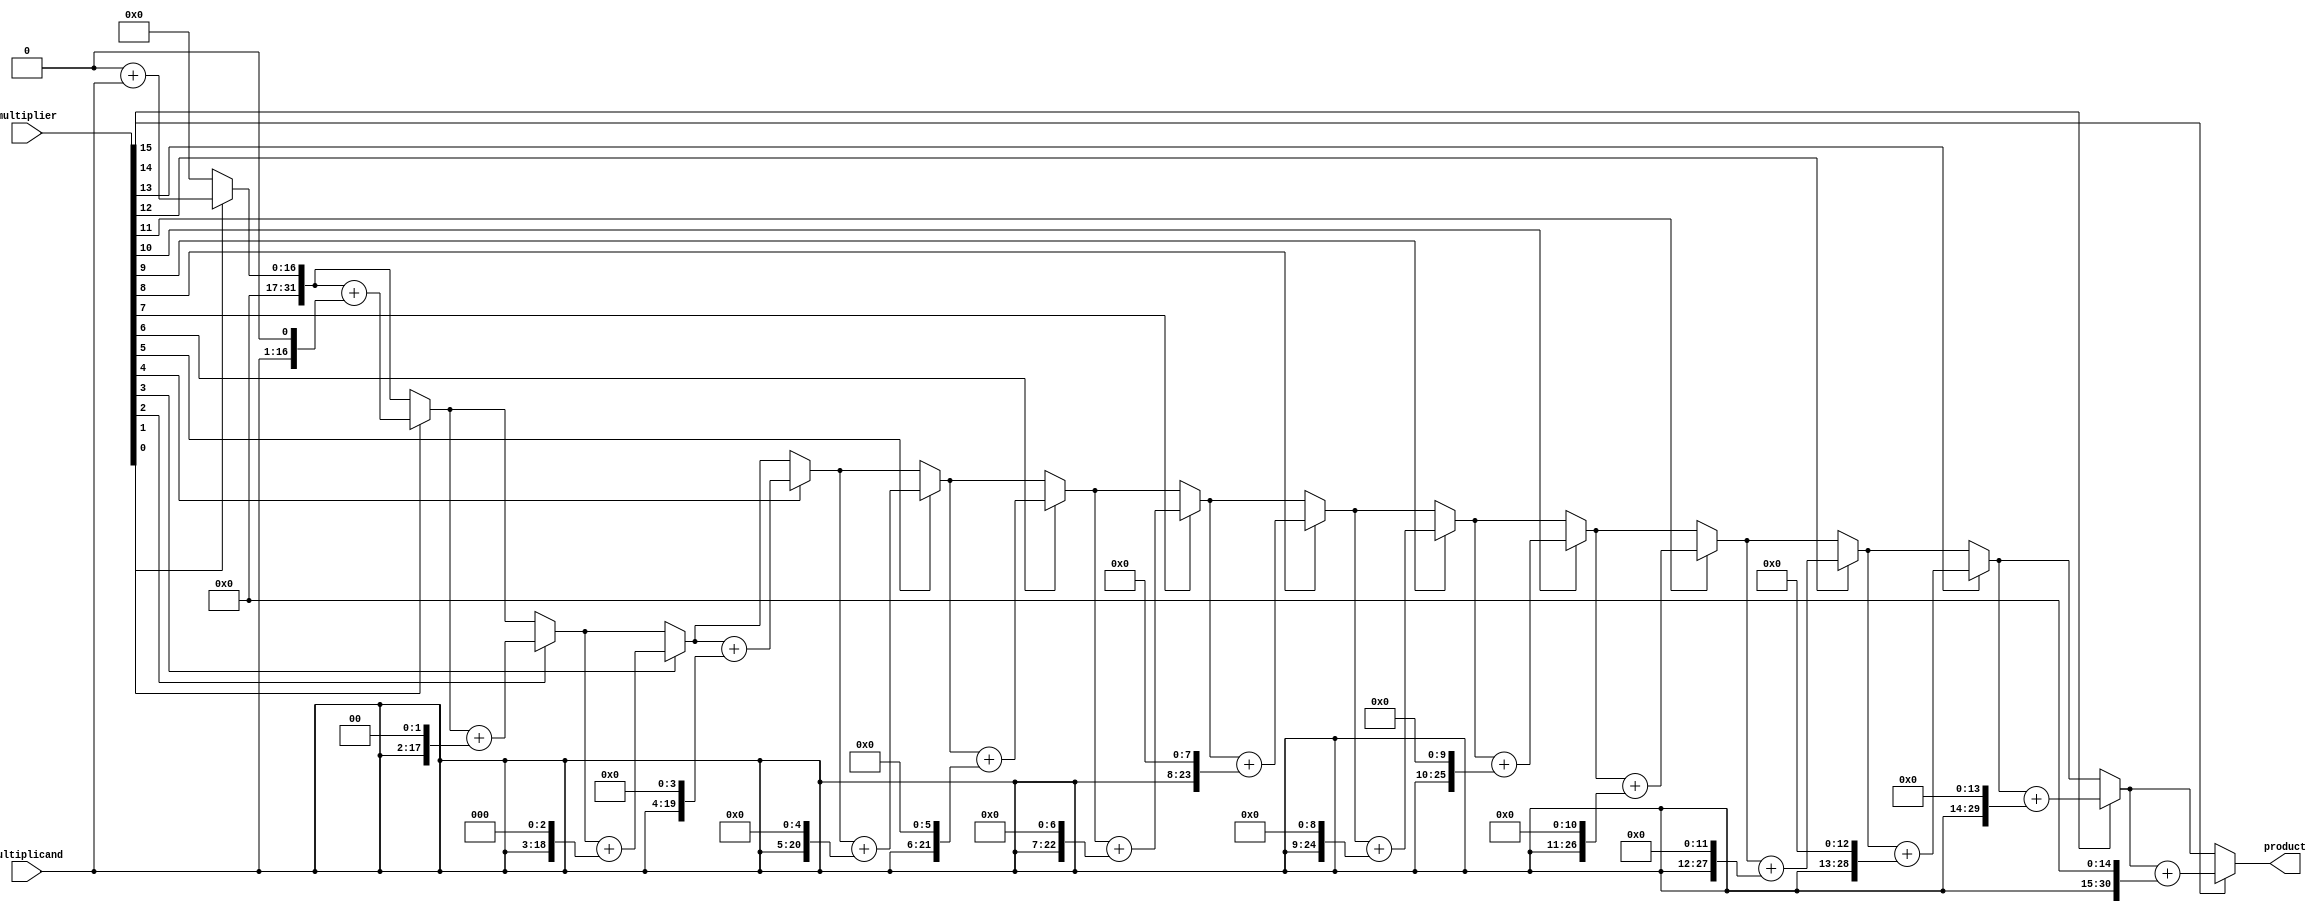
module mult(product,multiplier,multiplicand); 
   input [15:0] multiplier, multiplicand;	
   output [31:0] product;
//internal
   reg [31:0] product;

   integer       i;

   always @( multiplier or multiplicand )
//out <= a * b;
     begin
        
        product = 0;//set out to 0
            
        for(i=0; i<16; i=i+1)
          if( multiplier[i] == 1'b1 )//for every bit
		product = product + ( multiplicand << i );//shift
  
     end
     
endmodule

module test();
	reg [15:0] multiplier;		//16 Bits to store
	reg [15:0] multiplicand;	//16bit
	wire [31:0] product;		//32 bit for output return

	mult do(.product(product),.multiplier(multiplier), .multiplicand(multiplicand));

	initial begin
		multiplier = 100;
		multiplicand = 200000;			//limit 16bit<== this input should reduce
		#10 					//time delay
		$display("product|multiplier|multiplicand|");
		$display("|%1d|%1d|%1d|",product, multiplier, multiplicand);
		multiplier = 15'b100100011011011;	//bitwise input of 18651
        	multiplicand = 15'b101000101101000;	//bitwise input of 20840
		#10
		$display("product|multiplier|multiplicand|");
		$display("|%b|%b|%b|",product, multiplier, multiplicand);
	$finish;
	end 
endmodule